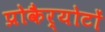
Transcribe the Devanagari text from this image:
प्रोकैर्योटों